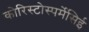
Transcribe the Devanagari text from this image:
कोरिस्टोस्पर्मेसिई